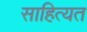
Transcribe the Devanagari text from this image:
साहित्यत